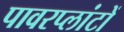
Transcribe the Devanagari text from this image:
पावरप्लांटों